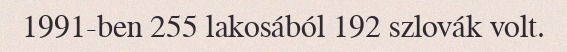
1991-ben 255 lakosából 192 szlovák volt.